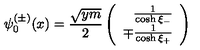
\psi _ { 0 } ^ { ( \pm ) } ( x ) = \frac { \sqrt { y m } } { 2 } \left( \begin{array} { r } { \frac { 1 } { \cosh \xi _ { - } } } \\ { \mp \frac { 1 } { \cosh \xi _ { + } } } \\ \end{array} \right)